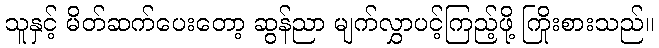
သူနှင့် မိတ်ဆက်ပေးတော့ ဆွန်ညာ မျက်လွှာပင့်ကြည့်ဖို့ ကြိုးစားသည်။